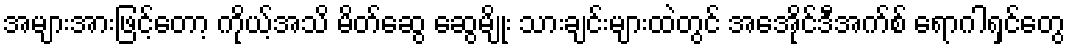
အများအားဖြင့်တော့ ကိုယ့်အသိ မိတ်ဆွေ ဆွေမျိုး သားချင်းများထဲတွင် အေအိုင်ဒီအက်စ် ရောဂါရှင်တွေ